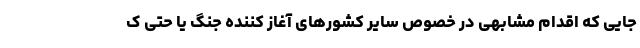
جایی که اقدام مشابهی در خصوص سایر کشورهای آغاز کننده جنگ یا حتی ک